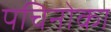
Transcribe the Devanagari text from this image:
पचिनोका